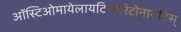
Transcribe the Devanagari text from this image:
ऑस्टिओमायेलायटिस्पेरिटोनायटिस्